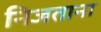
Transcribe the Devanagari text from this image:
निजताना